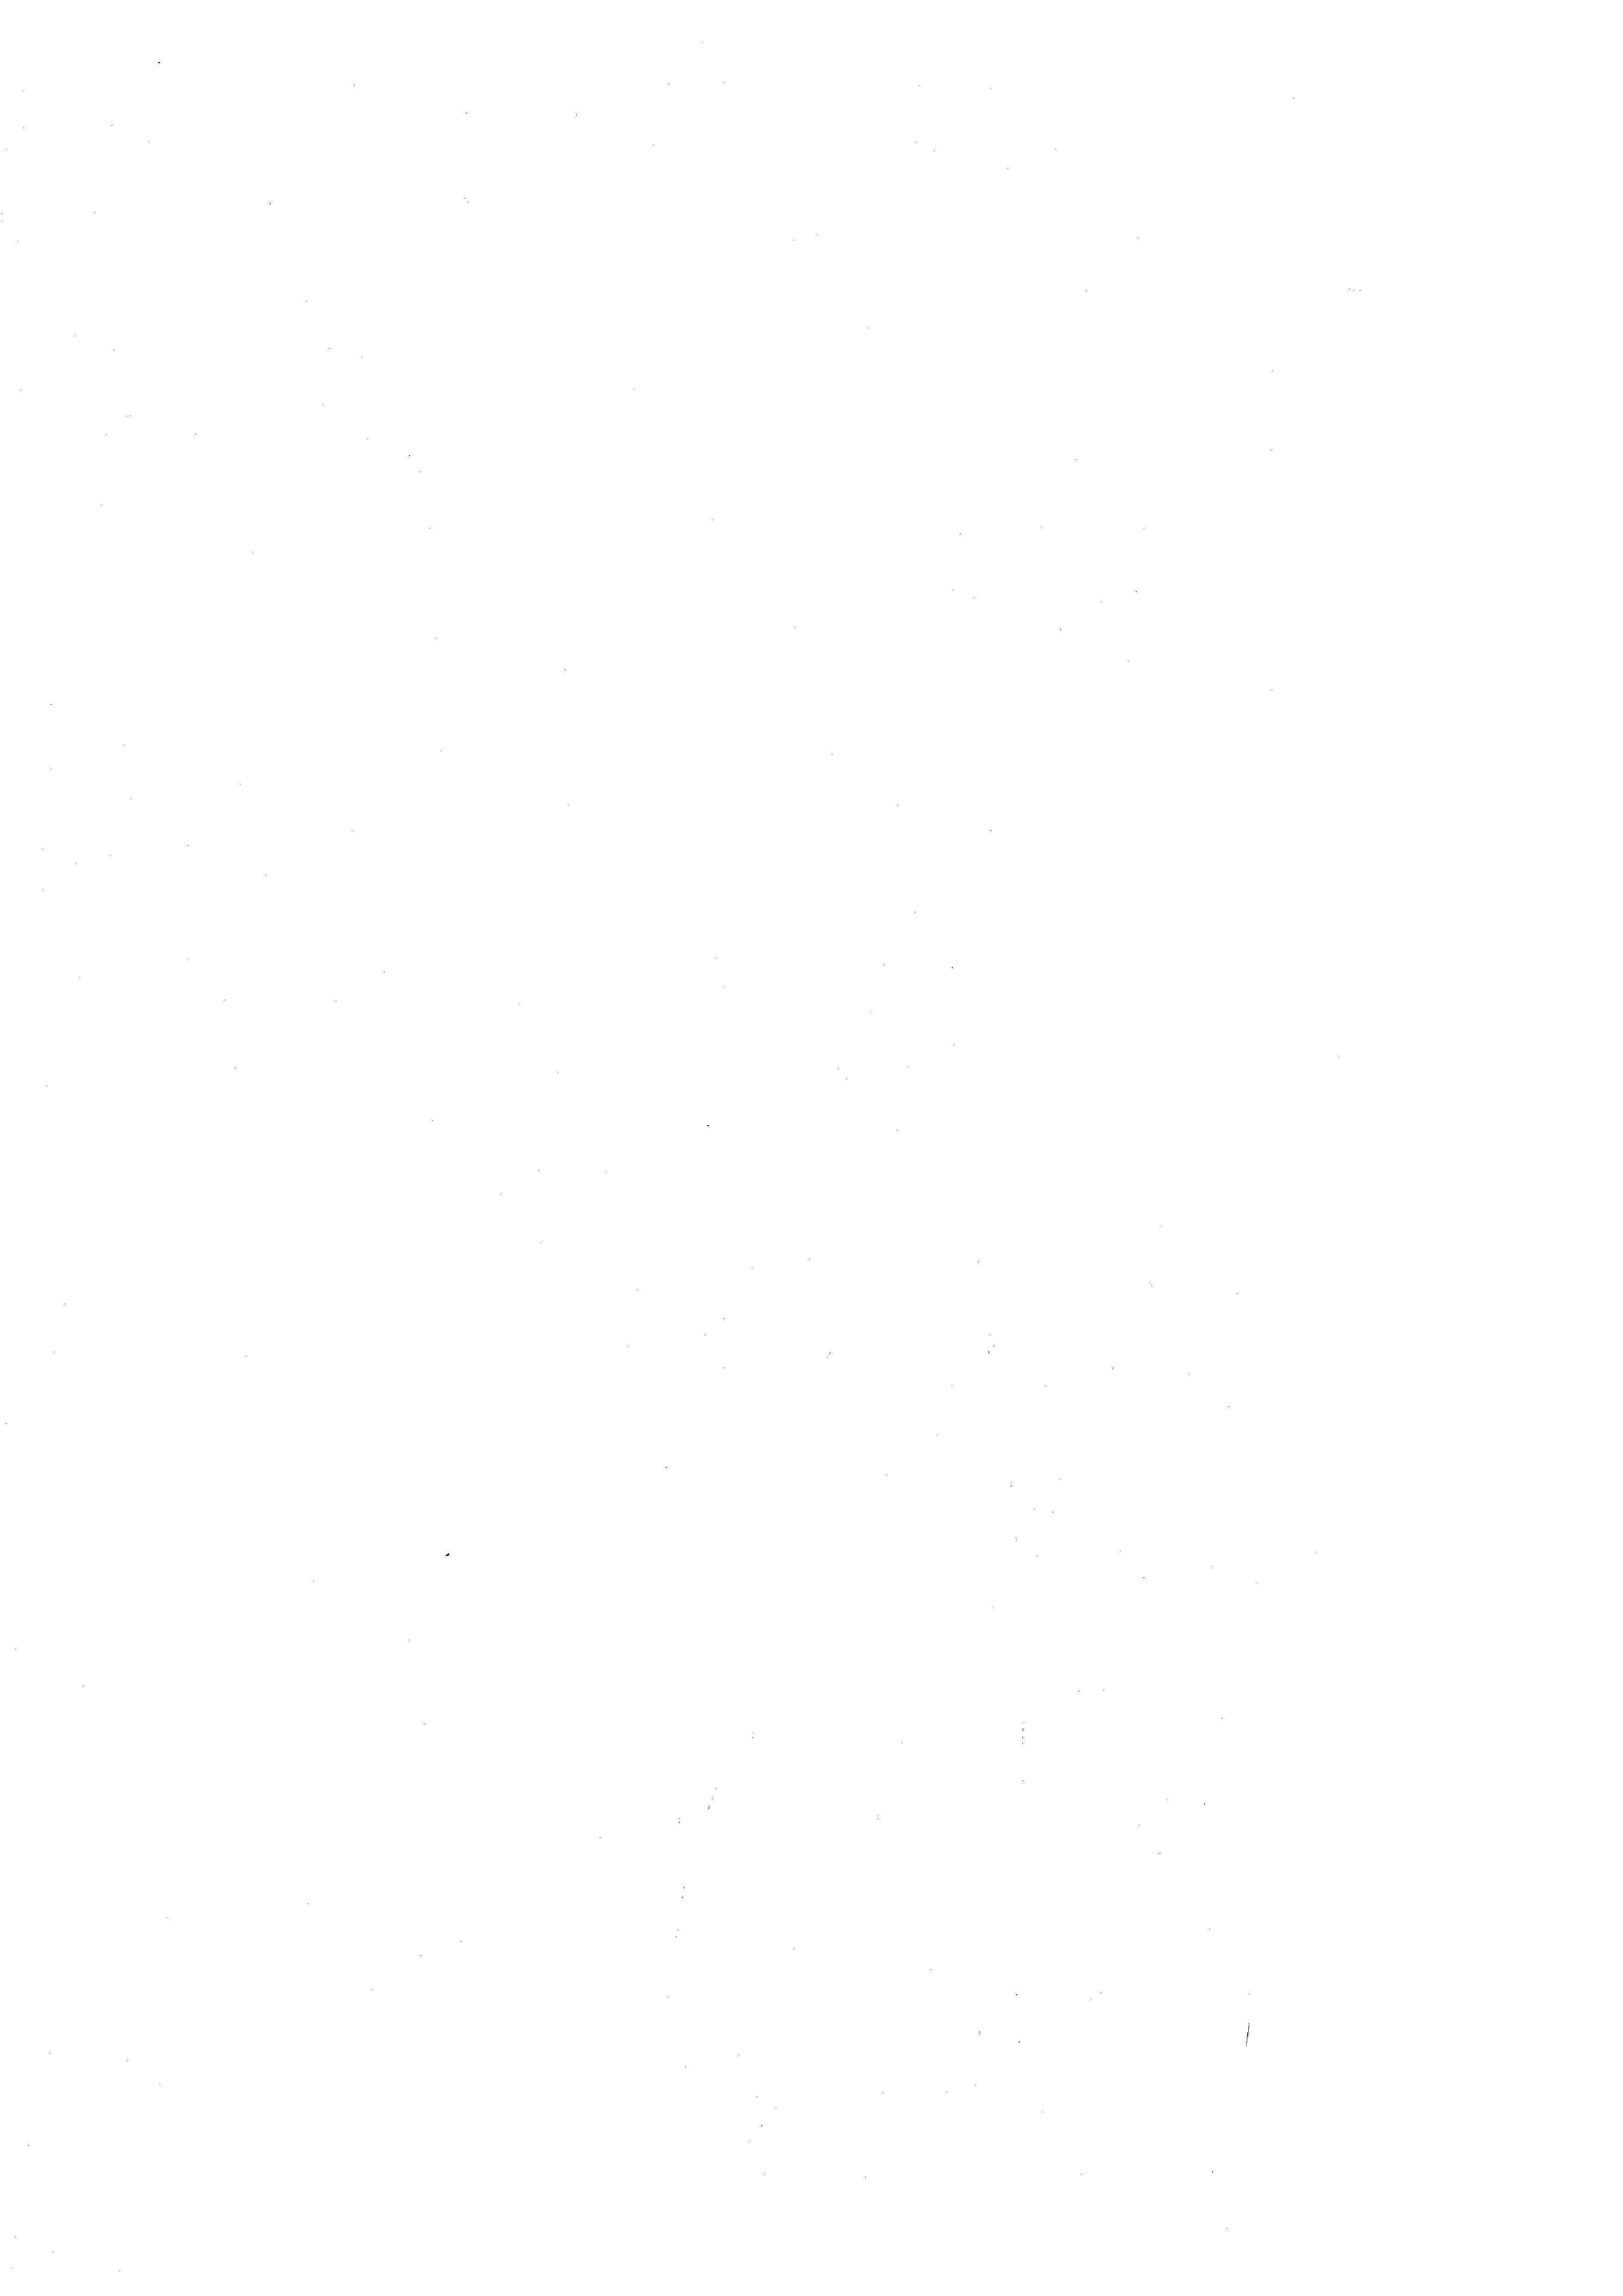
e

e

d

e

¬

e

e
¬
e
¬
e
¬
e

.
.
.
e
e

e
¬
e
.
e
e
e
n
.
¬

¬

¬

e

e
n
d
2

¬
e
e
¬
.
d
.
.
.
e
e
e
e

d

¬
¬

¬
e

e

e

n

.

e
e
e
.
e
¬
e
d
¬
¬
.
e
e
e
e
e
2
e
n

2 x